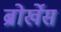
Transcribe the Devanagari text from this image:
ब्रोर्खेस